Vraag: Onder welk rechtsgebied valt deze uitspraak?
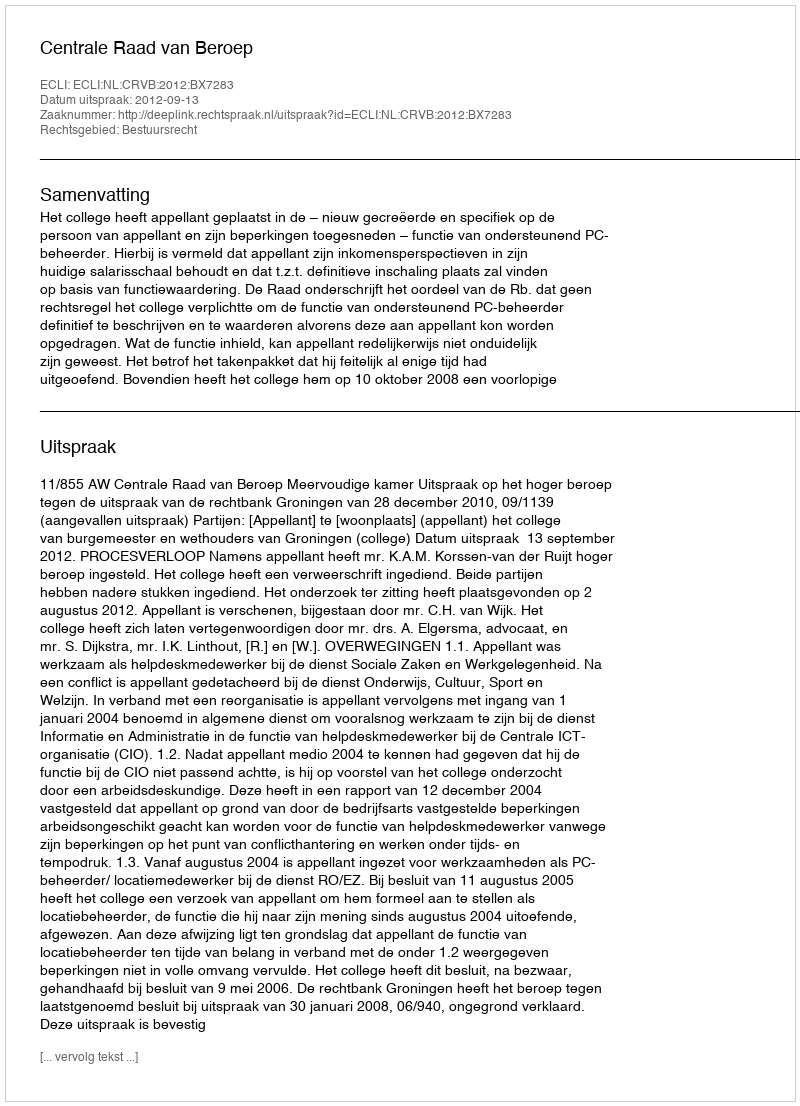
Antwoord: Bestuursrecht